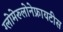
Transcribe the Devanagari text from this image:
ग्लोमेरुलोनेफ्रायटीस